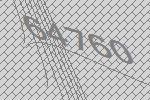
64760